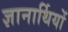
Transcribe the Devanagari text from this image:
ज्ञानार्थियों